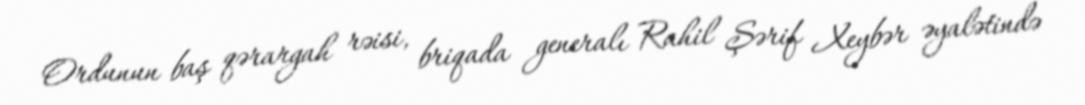
Ordunun baş qərargah rəisi, briqada generalı Rahil Şərif Xeybər əyalətində